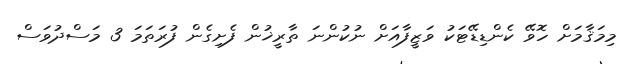
މިމަޤާމަށް ހޮވޭ ކެންޑިޑޭޓަކު ވަޒީފާއަށް ނުކުންނަ ތާރީޚުން ފެށިގެން ފުރަތަމަ 3 މަސްދުވަސް